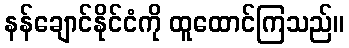
နန်ချောင်နိုင်ငံကို ထူထောင်ကြသည်။